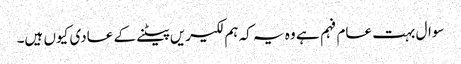
سوال بہت عام فہم ہے وہ یہ کہ ہم لکیریں پیٹنے کے عادی کیوں ہیں۔